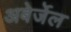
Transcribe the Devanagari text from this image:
अबेर्जेल